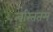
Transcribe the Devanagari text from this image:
त्वरिततम्